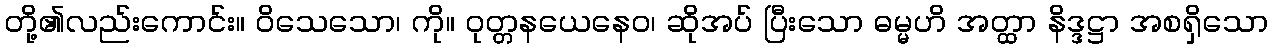
တို့၏လည်းကောင်း။ ဝိသေသော၊ ကို။ ဝုတ္တနယေနေဝ၊ ဆိုအပ် ပြီးသော ဓမ္မဟိ အတ္ထာ နိဒ္ဒဋ္ဌာ အစရှိသော